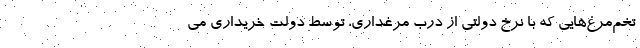
تخم‌مرغ‌هایی که با نرخ دولتی از درب مرغداری، توسط دولت خریداری می